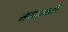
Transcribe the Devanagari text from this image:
समाज्वादि